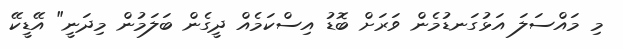
މި މައްސަލަ އަޅުގަނޑުމެން ވަރަށް ބޮޑު އިސްކަމެއް ދީގެން ބަލަމުން މިދަނީ" އޭޑީކޭ